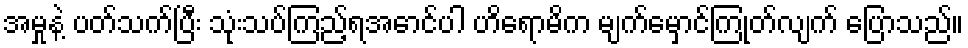
အမှုနဲ့ ပတ်သက်ပြီး သုံးသပ်ကြည့်ရအောင်ပါ ဟိရောမိက မျက်မှောင်ကြုတ်လျက် ပြောသည်။